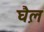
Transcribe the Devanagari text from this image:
घ़ैल